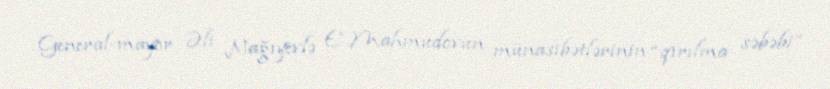
General-mayor Əli Nağıyevlə E.Mahmudovun münasibətlərinin “qırılma səbəbi”